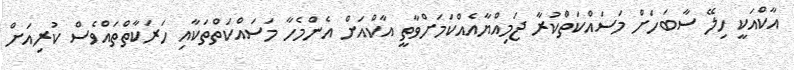
އާކްއަކީ ހިލޭ ސާބަހަށް މަސައްކަތްކުރާ ޖަމިއްޔާއެއްކަމަށްވާތީ އާކްއަށް އެންމެހާ މަސައްކަތްތަކާއި ހަރަކާތްތައްވެސް ކުރިއަށް